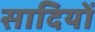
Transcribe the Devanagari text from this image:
सादियों